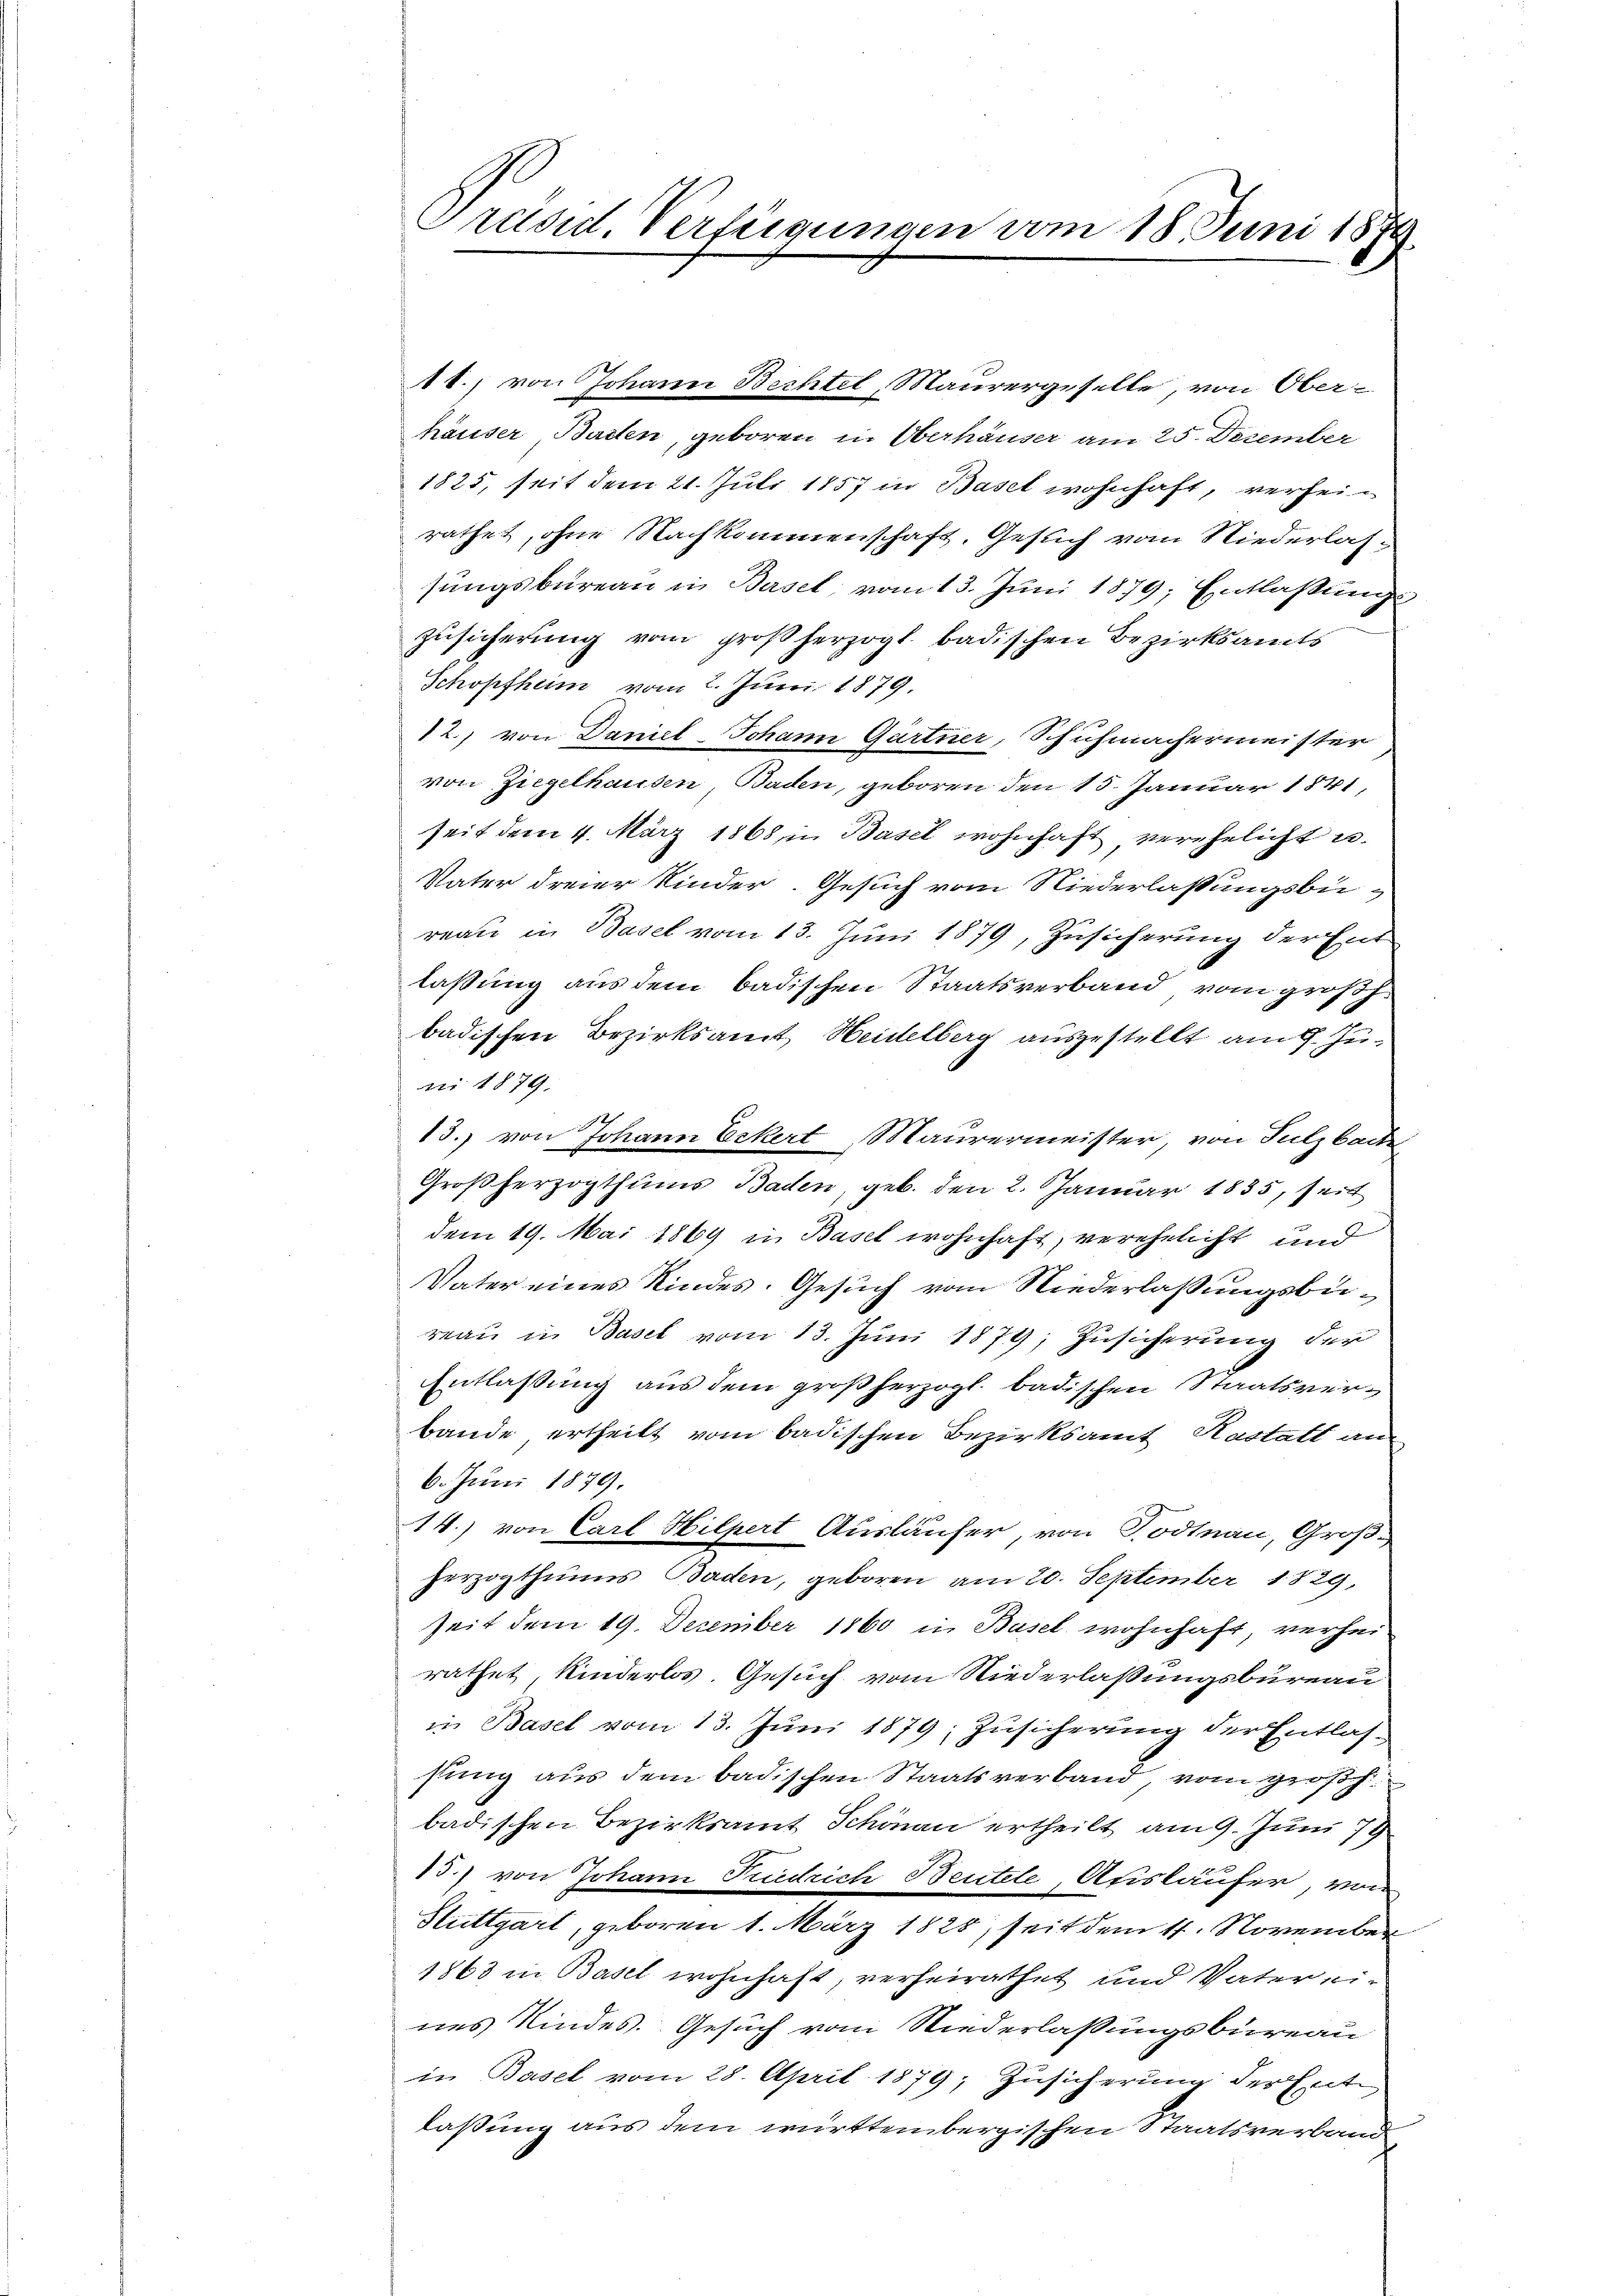
Präsid. Verfügungen vom 18. Juni 1874

18.) von Johann Bechtel, Maurergeselle, von Oberhäuser, Barten, geboren in Oberhäuser am 25. Dezember
1825, seit dem 21. Juli 1857 in Basel wohnhaft, verheirathet, ohne Nachkommenschaft, Gesuch vom Niederlassungsbureau in Basel, vom 13. Juni 1879; Entlaßungs¬
Zusicherung vom großherzogl. badischen Bezirksamts
Schopfheim vom 2. Juni 1879.
12., von Daniel-Johann Gartner, Schuhmachermeister
von Ziegelhausen, Baden, geboren den 15. Januar 1841,
seit dem 4. März 1868 in Basel wohnhaft verehelicht u.
Vater dreier Kinder. Gesuch vom Niederlaßungsbureau in Basel vom 13. Juni 1879, Zusicherung der Ent
laßung aus dem badischen Staatsverband, vom großh.
badischen Bezirksamt Heidelberg ausgestellt am 9. Junii 1879,
h
13. von Johann Eckert, Maurermeister, von Sulzbache
u
Großherzogthums Baden, geb. den 2. Januar 1835, seit
dem 19. Mai 1869 in Basel wohnhaft, verehelicht und
Vater eines Kindes. Gesuch vom Niederlaßungsbüreau in Basel vom 13. Juni 1879; Zusicherung der
Entlaßung aus dem großherzogl. badischen Staatsverbande ertheilt vom badischen Bezirksamt Kastatt an
6. Juni 1879.
14.) von Carl Hilpert Ausläufer, von Todtnau, Großherzogthums Baden, geboren am 20. September 1829,
seit dem 19. December 1860 in Basel wohnhaft, verhei
rathet, kinderlos. Gesuch vom Niederlaßungsbureau
in Basel vom 13. Juni 1879; Zusicherung der Entlassung aus dem badischen Staatsverband, vom großh
badischen Bezirksamt Schönau ertheilt am 9. Juni 179
15.) von Johann Fridrich Bentele Ausläufer, von
Stuttgart, geboren 1. März 1828, seit dem 17. November
1863 in Basel wohnhaft, verheirathet und Vater eines Kindes. Gesuch vom Niederlassungsbureau
in Basel vom 28. April 1879; Zusicherung der Ente
laßung aus dem württembergischen Staatsverband¬